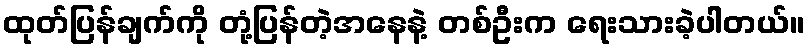
ထုတ်ပြန်ချက်ကို တုံ့ပြန်တဲ့အနေနဲ့ တစ်ဦးက ရေးသားခဲ့ပါတယ်။